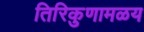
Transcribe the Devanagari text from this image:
तिरिकुणामळय